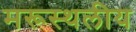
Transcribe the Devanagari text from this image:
मरूस्‍थलीय